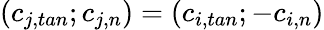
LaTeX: (c_{j,tan};c_{j,n})=(c_{i,tan};-c_{i,n})